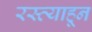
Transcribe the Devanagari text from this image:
रस्त्याहून